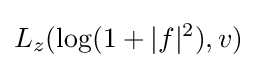
L_{z}(\log(1+|f|^{2}),v)